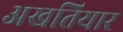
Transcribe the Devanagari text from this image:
अखतियार